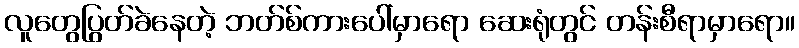
လူတွေပြွတ်ခဲနေတဲ့ ဘတ်စ်ကားပေါ်မှာရော ဆေးရုံတွင် တန်းစီရာမှာရော။